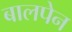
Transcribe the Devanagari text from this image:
बालपेन